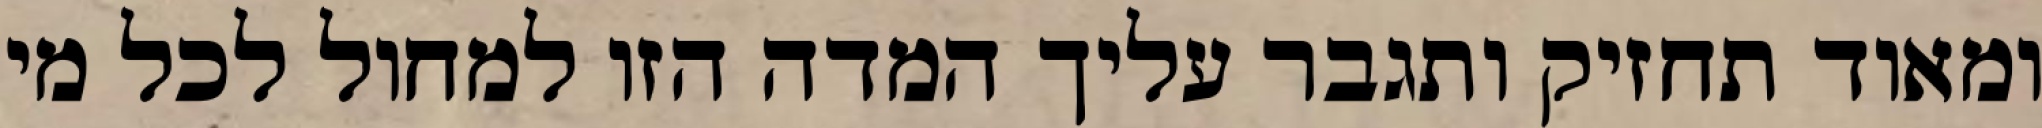
ומאוד תחזיק ותגבר עליך המדה הזו למחול לכל מי